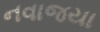
નવાજયા